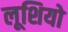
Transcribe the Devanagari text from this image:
लूशियो